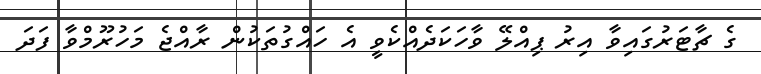
ގެ ޗާޓަރުގައިވާ އިރު ޕިއްލޭ ވާހަކަދެއްކެވީ އެ ހައްގުތަކުން ރާއްޖެ މަހުރޫމްވާ ފަދަ